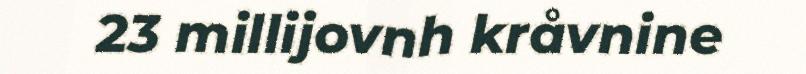
23 millijovnh kråvnine